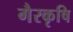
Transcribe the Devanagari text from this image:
गैरकृषि